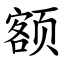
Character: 额